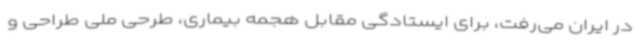
در ایران می‌رفت، برای ایستادگی مقابل هجمه بیماری، طرحی ملی طراحی و